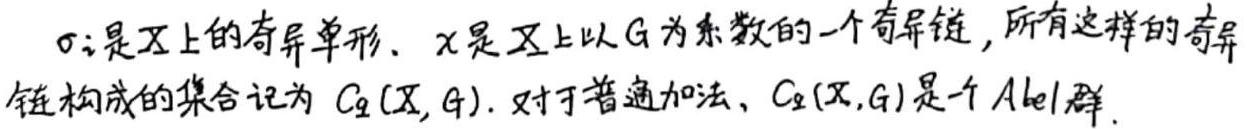
$\sigma$是$X$上的奇异单形. $x$是$X$上以$G$为系数的一个奇异链, 所有这样的奇异链构成的集合记为$C_{q}(X,G)$. 对于普通加法, $C_{q}(X,G)$是一个Abel群.